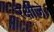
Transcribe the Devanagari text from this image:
रक्षीजे